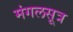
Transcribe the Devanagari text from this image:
मंगलसूत्र